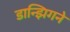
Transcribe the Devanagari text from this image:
डान्झिगने